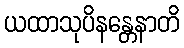
ယထာသုပိနန္တေနာတိ